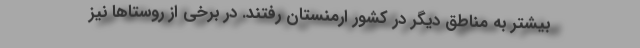
بیشتر به مناطق دیگر در کشور ارمنستان رفتند. در برخی از روستاها نیز